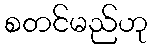
စတင်မည်ဟု